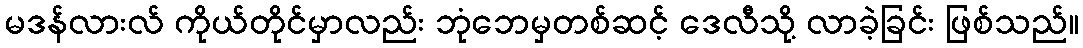
မဒန်လားလ် ကိုယ်တိုင်မှာလည်း ဘုံဘေမှတစ်ဆင့် ဒေလီသို့ လာခဲ့ခြင်း ဖြစ်သည်။